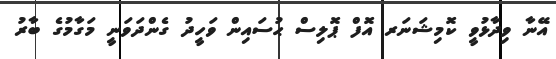
އޭނާ ވިދާޅުވީ ކޮމިޝަނަރ އޮފް ޕޮލިސް ޙުސައިން ވަހީދު ގެންދަވަނީ މަގާމުގެ ބާރު